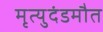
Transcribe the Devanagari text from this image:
मृत्युदंडमौत